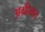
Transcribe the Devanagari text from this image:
अग्रीयात